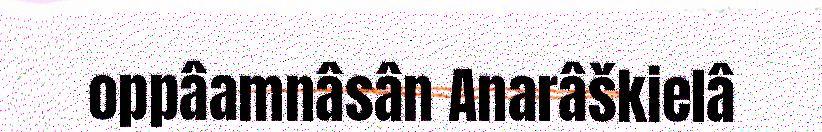
oppâamnâsân Anarâškielâ